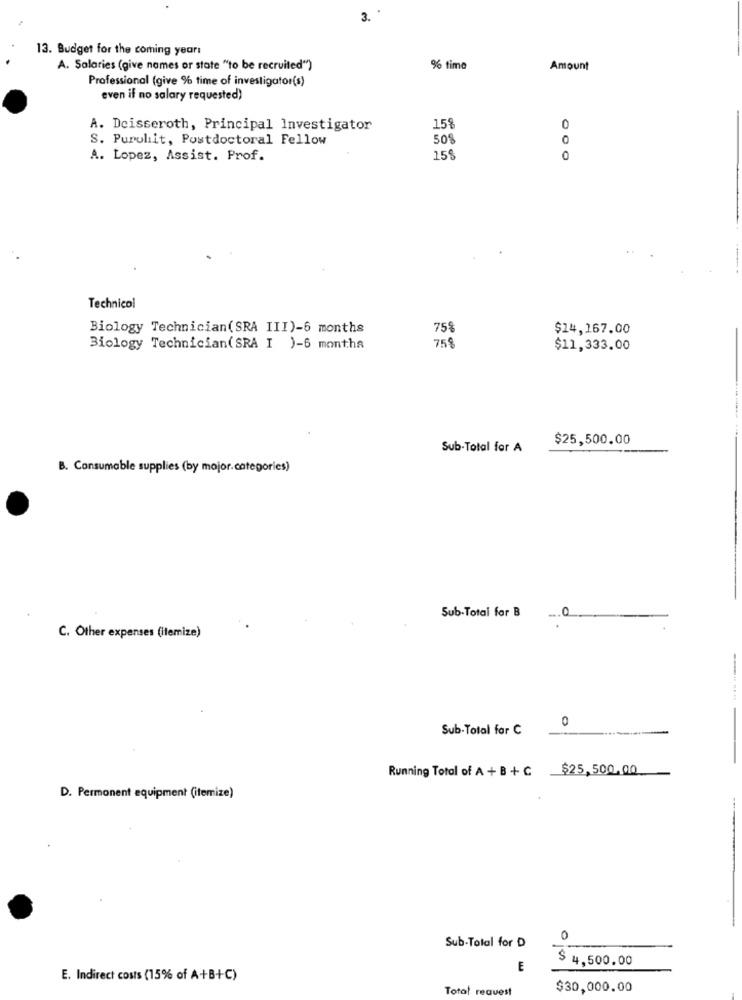
3.
13. Budget for the coming yearı
A. Salaries (give names or state "to be recruited")
% time
Amount
Professional (give % time of investigator(s)
even if no salary requested)
A. Deisseroth, Principal Investigator
15%
0
S. Puruliit, Postdoctoral Fellow
50%
A. Lopez, Assist. Prof.
15%
0
Technicol
Biology Technician(SRA III)-6 months
75%
$14,167.00
759
Biology Technician(SRA I )-6 montha
$11,333.00
$25,500.00
Sub-Total for A
B. Consumable supplies (by major.categories)
Sub-Total for B
C. Other expenses (itemize)
0
Sub-Total far C
Running Total of A + B + C $25,500.00
D. Permonent equipment (itemize)
0
Sub-Total for D
$ 4,500.00
E
E. Indirect costs (15% of A+B+C)
Total request
$30,000.00